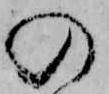
の